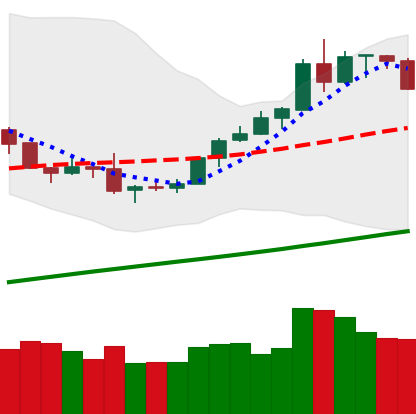
Ticker: BTC-USD
Chart end date: 2019-08-10
Forward return: -9.182%
Label: down_7plus